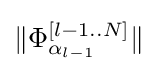
\|{\Phi _{\alpha _{l-1}}^{[l-1..N]}}\|